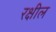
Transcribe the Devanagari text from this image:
रक्षील